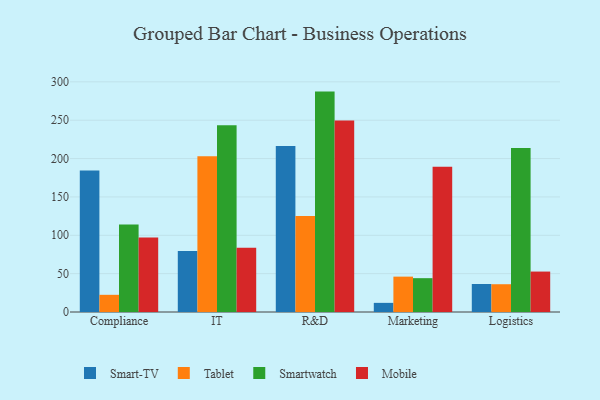
{"axis": {"x": "Department", "y": "Operating Costs (USD K)"}, "legend": ["Mobile", "Smart-TV", "Smartwatch", "Tablet"], "data": [{"x": "Compliance", "y": 184.3, "type": "Smart-TV"}, {"x": "Compliance", "y": 22.4, "type": "Tablet"}, {"x": "Compliance", "y": 114.0, "type": "Smartwatch"}, {"x": "Compliance", "y": 97.1, "type": "Mobile"}, {"x": "IT", "y": 79.4, "type": "Smart-TV"}, {"x": "IT", "y": 203.1, "type": "Tablet"}, {"x": "IT", "y": 243.4, "type": "Smartwatch"}, {"x": "IT", "y": 83.7, "type": "Mobile"}, {"x": "R&D", "y": 216.4, "type": "Smart-TV"}, {"x": "R&D", "y": 125.0, "type": "Tablet"}, {"x": "R&D", "y": 287.3, "type": "Smartwatch"}, {"x": "R&D", "y": 249.7, "type": "Mobile"}, {"x": "Marketing", "y": 11.9, "type": "Smart-TV"}, {"x": "Marketing", "y": 46.1, "type": "Tablet"}, {"x": "Marketing", "y": 44.1, "type": "Smartwatch"}, {"x": "Marketing", "y": 189.5, "type": "Mobile"}, {"x": "Logistics", "y": 36.5, "type": "Smart-TV"}, {"x": "Logistics", "y": 36.2, "type": "Tablet"}, {"x": "Logistics", "y": 213.8, "type": "Smartwatch"}, {"x": "Logistics", "y": 52.7, "type": "Mobile"}]}